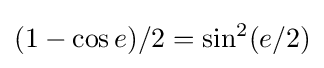
(1-\cos e)/2=\sin ^{2}(e/2)